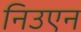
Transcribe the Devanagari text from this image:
निउएन